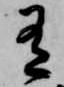
有